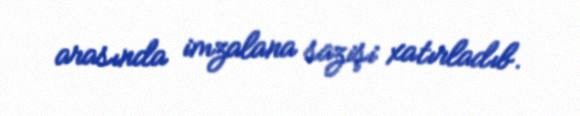
arasında imzalana sazişi xatırladıb.